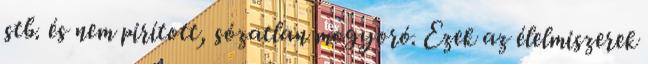
stb. és nem pirított, sózatlan mogyoró. Ezek az élelmiszerek